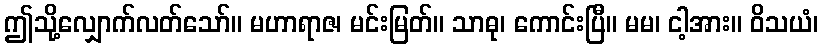
ဤသို့လျှောက်လတ်သော်။ မဟာရာဇ၊ မင်းမြတ်။ သာဓု၊ ကောင်းပြီ။ မမ၊ ငါ့အား။ ဝိသယံ၊